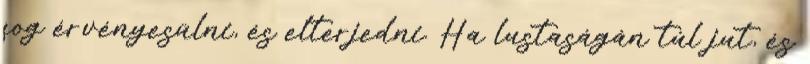
fog érvényesülni, és elterjedni. Ha lustaságán túl jut, és